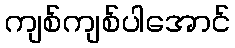
ကျစ်ကျစ်ပါအောင်